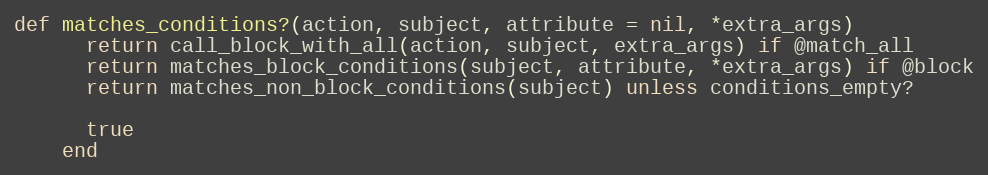
Language: Ruby
def matches_conditions?(action, subject, attribute = nil, *extra_args)
      return call_block_with_all(action, subject, extra_args) if @match_all
      return matches_block_conditions(subject, attribute, *extra_args) if @block
      return matches_non_block_conditions(subject) unless conditions_empty?

      true
    end